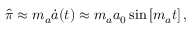
\begin{array} { r } { \hat { \pi } \approx m _ { a } \dot { a } ( t ) \approx m _ { a } a _ { 0 } \sin \left[ m _ { a } t \right] , } \end{array}